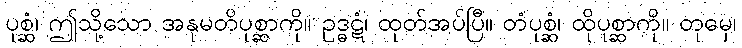
ပုစ္ဆံ၊ ဤသို့သော အနုမတိပုစ္ဆာကို။ ဥဒ္ဓဋံ၊ ထုတ်အပ်ပြီ။ တံပုစ္ဆံ၊ ထိုပုစ္ဆာကို။ တုမှေ၊